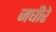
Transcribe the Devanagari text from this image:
जघीरे